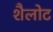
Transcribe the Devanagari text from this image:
शैलोट